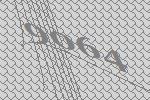
9064